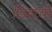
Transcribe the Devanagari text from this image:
डिशची